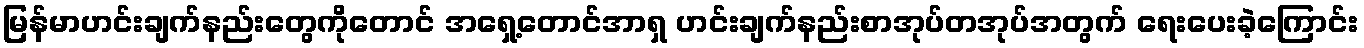
မြန်မာဟင်းချက်နည်းတွေကိုတောင် အရှေ့တောင်အာရှ ဟင်းချက်နည်းစာအုပ်တအုပ်အတွက် ရေးပေးခဲ့ကြောင်း